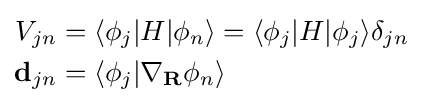
{\begin{aligned}V_{jn}&=\langle \phi _{j}|H|\phi _{n}\rangle =\langle \phi _{j}|H|\phi _{j}\rangle \delta _{jn}\\\mathbf {d} _{jn}&=\langle \phi _{j}|\nabla _{\mathbf {R} }\phi _{n}\rangle \end{aligned}}